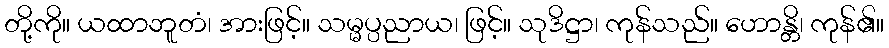
တို့ကို။ ယထာဘူတံ၊ အားဖြင့်။ သမ္မပ္ပညာယ၊ ဖြင့်။ သုဒိဋ္ဌာ၊ ကုန်သည်။ ဟောန္တိ၊ ကုန်၏။